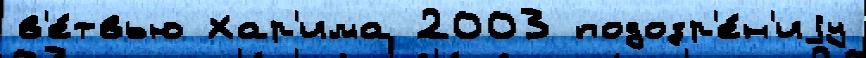
в'е́твью Хар'има 2003 подозр'е́н'иjу